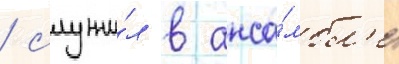
/ служи́л в анса́мбл'е